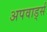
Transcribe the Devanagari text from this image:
अपवार्ड्स